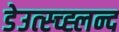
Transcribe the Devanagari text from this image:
डेउत्स्च्ह्लन्द